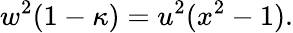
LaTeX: w^{2}(1-\kappa)=u^{2}(x^{2}-1).